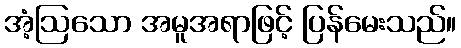
အံ့ဩသော အမူအရာဖြင့် ပြန်မေးသည်။